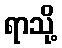
ရာသို့